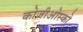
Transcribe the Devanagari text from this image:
कोज़ीओस्को